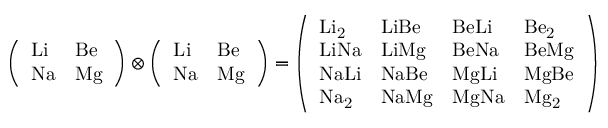
{ \left( \begin{array} { l l } { \mathrm { { L i } } } & { \mathrm { { B e } } } \\ { \mathrm { { N a } } } & { \mathrm { { M g } } } \end{array} \right) } \otimes { \left( \begin{array} { l l } { \mathrm { { L i } } } & { \mathrm { { B e } } } \\ { \mathrm { { N a } } } & { \mathrm { { M g } } } \end{array} \right) } = { \left( \begin{array} { l l l l } { \mathrm { { L i _ { 2 } } } } & { \mathrm { { L i B e } } } & { \mathrm { { B e L i } } } & { \mathrm { { B e _ { 2 } } } } \\ { \mathrm { { L i N a } } } & { \mathrm { { L i M g } } } & { \mathrm { { B e N a } } } & { \mathrm { { B e M g } } } \\ { \mathrm { { N a L i } } } & { \mathrm { { N a B e } } } & { \mathrm { { M g L i } } } & { \mathrm { { M g B e } } } \\ { \mathrm { { N a _ { 2 } } } } & { \mathrm { { N a M g } } } & { \mathrm { { M g N a } } } & { \mathrm { { M g _ { 2 } } } } \end{array} \right) }